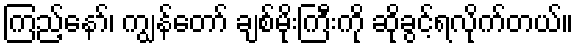
ကြည့်နော်၊ ကျွန်တော် ချစ်မိုးကြီးကို ဆိုခွင့်ရလိုက်တယ်။